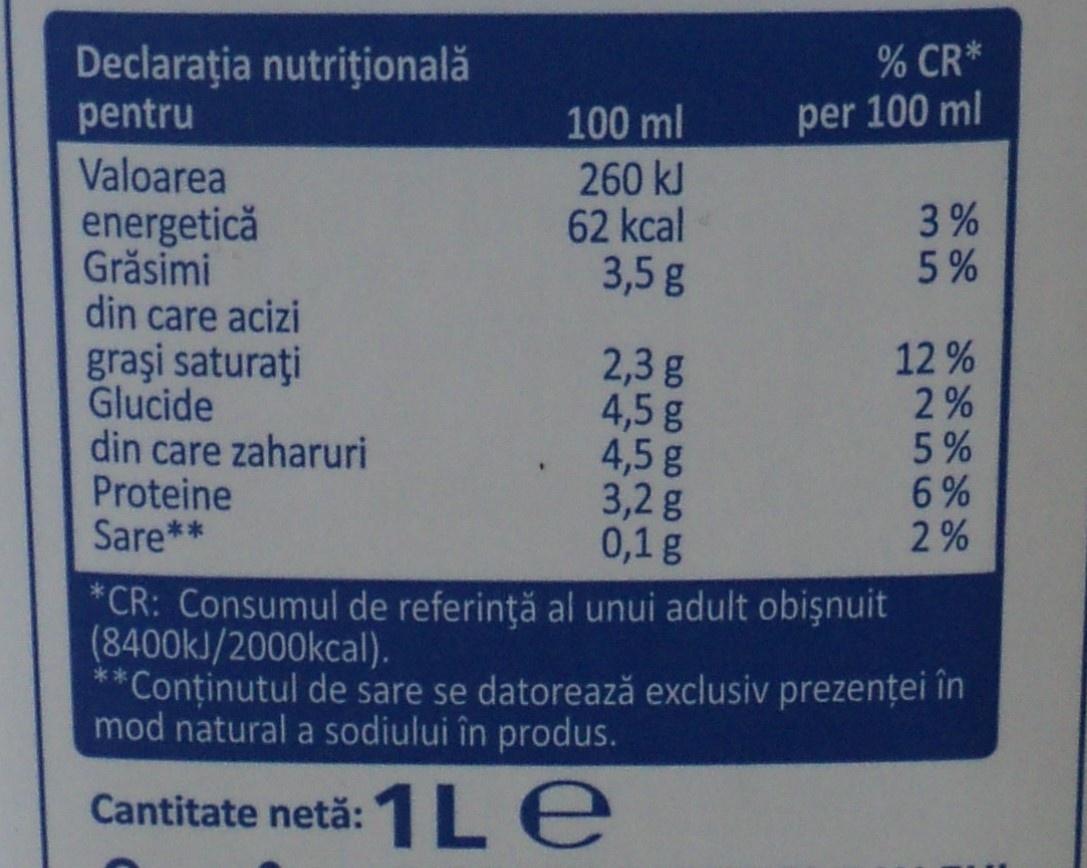
% CR* per 100 ml 989 Declaratia nutritională pentru Valoarea 2562 100 ml 260 kJ 62 kcal 3,5 g 3 % 5% energetică Grăsimi din care acizi 12% 2% graşi saturați Glucide din care zaharuri Proteine Sare** 2,3g 4,5g 4,5 g 3,2g 0,1 g 6% 2% CR: Consumul de referintă al unui adult obişnuit (8400kl/2000kcal). **Continutul de sare se datorează exclusiv prezentei în mod natural a sodiului în produs 1Le Cantitate netă: